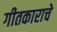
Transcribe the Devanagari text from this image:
गीतकाराचे